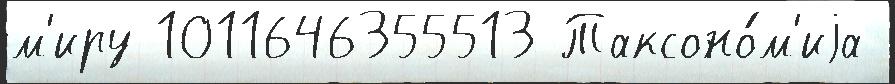
м'иру 1011646355513 Таксоно́м'иjа